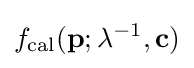
f_{\text{cal}}(\mathbf {p} ;\lambda ^{-1},\mathbf {c} )